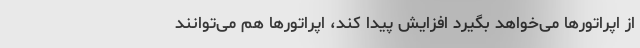
از اپراتورها می‌خواهد بگیرد افزایش پیدا کند، اپراتورها هم می‌توانند